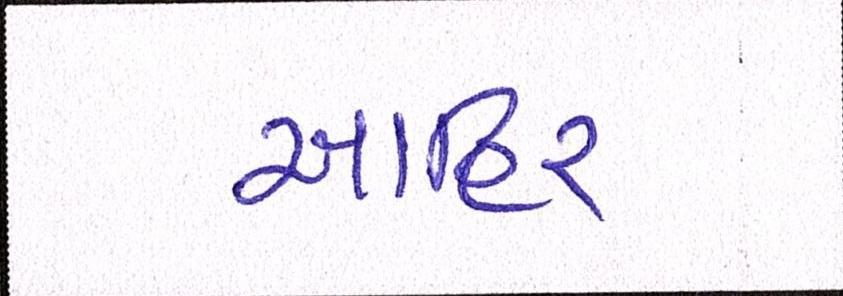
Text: આહિર